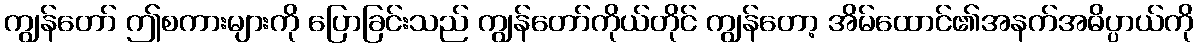
ကျွန်တော် ဤစကားများကို ပြောခြင်းသည် ကျွန်တော်ကိုယ်တိုင် ကျွန်တော့ အိမ်ထောင်၏အနက်အဓိပ္ပာယ်ကို